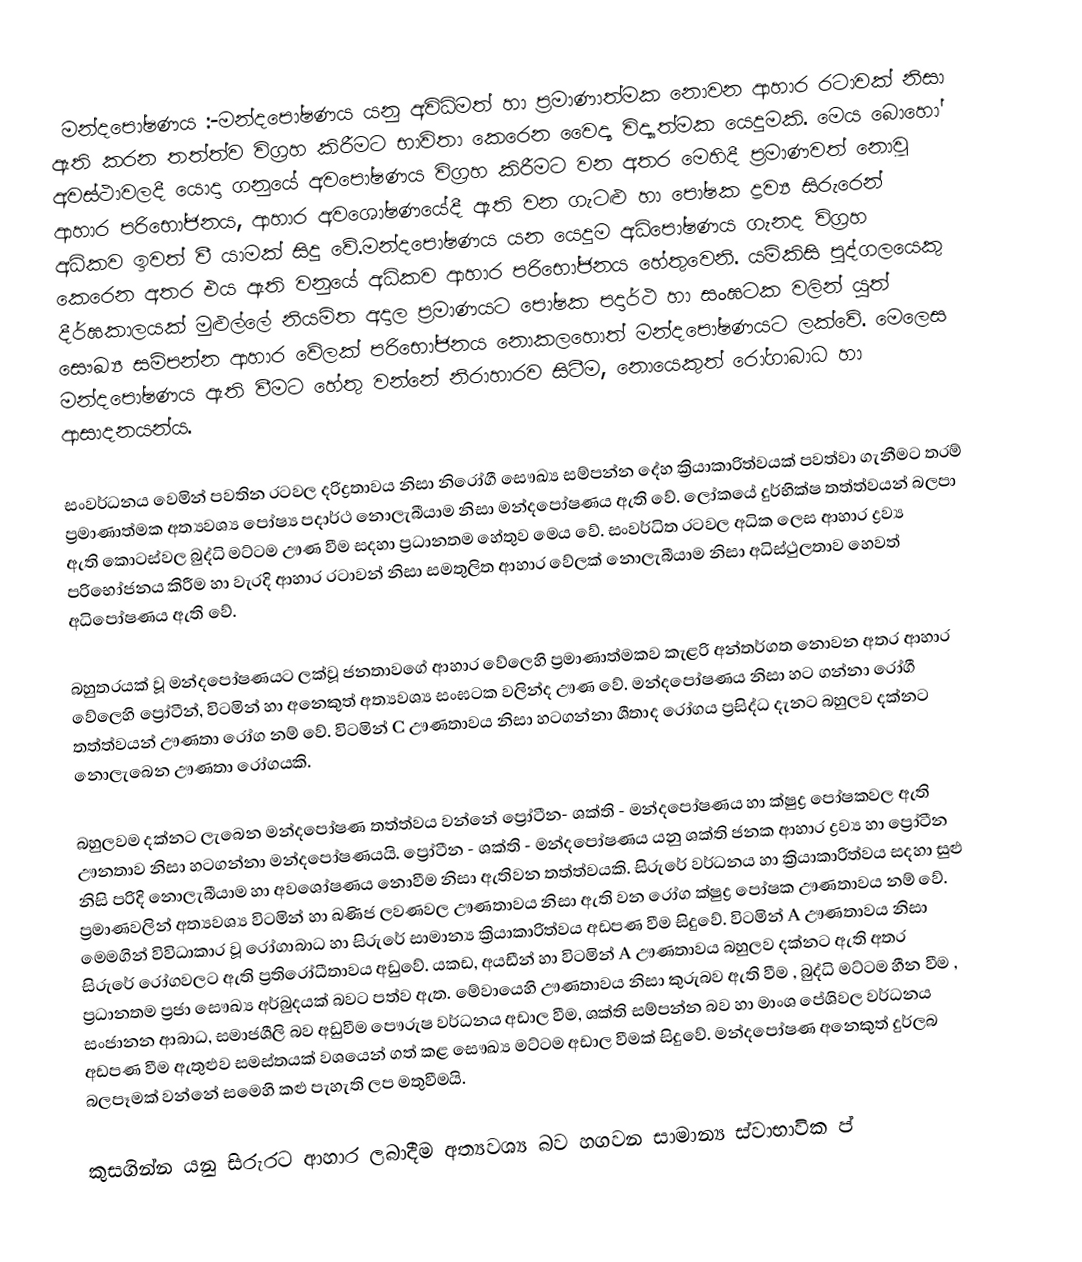
‍ මන්දපෝෂණය      :-මන්දපෝෂණය යනු අවිධිමත් හා ප්‍රමාණාත්මක නොවන ආහාර රටාවක් නිසා ඇති කරන තත්ත්ව විග්‍රහ කිරීමට භාවිතා කෙරෙන වෛද්‍ය විද්‍යාත්මක යෙදුමකි. මෙය බොහෝ අවස්ථාවලදී යොදා ගනුයේ අවපෝෂණය විග්‍රහ කිරීමට වන අතර මෙහිදී ප්‍රමාණවත් නොවූ ආහාර පරිභෝජනය, ආහාර අවශෝෂණයේදී ඇති වන ගැටළු හා පෝෂක ද්‍රව්‍ය සිරුරෙන් අධිකව ඉවත් වී යාමක් සිදු වේ.මන්දපෝෂණය යන යෙදුම අධිපෝෂණය ගැනද විග්‍රහ කෙරෙන අතර එය ඇති වනුයේ අධිකව ආහාර පරිභෝජනය හේතුවෙනි. යම්කිසි පුද්ගලයෙකු දීර්ඝකාලයක් මුළුල්ලේ නියමිත අදාල ප්‍රමාණයට පෝෂක පදාර්ථ හා සංඝටක වලින් යුත් සෞඛ්‍ය සම්පන්න ආහාර වේලක් පරිභෝජනය නොකලහොත් මන්දපෝෂණයට ලක්වේ. මෙලෙස මන්දපෝෂණය ඇති වීමට හේතු වන්නේ නිරාහාරව සිටීම, නොයෙකුත් රෝගාබාධ හා ආසාදනයන්ය.

සංවර්ධනය වෙමින් පවතින රටවල දරිද්‍රතාවය නිසා නිරෝගී සෞඛ්‍ය සම්පන්න දේහ ක්‍රියාකාරිත්වයක් පවත්වා ගැනීමට තරම් ප්‍රමාණාත්මක අත්‍යවශ්‍ය පෝෂ්‍ය පදාර්ථ නොලැබීයාම නිසා මන්දපෝෂණය ඇති වේ. ලෝකයේ දුර්භික්ෂ තත්ත්වයන් බලපා ඇති කොටස්වල බුද්ධි මට්ටම ඌණ වීම සදහා ප්‍රධානතම හේතුව මෙය වේ. සංවර්ධිත රටවල අධික ලෙස ආහාර ද්‍රව්‍ය පරිභෝජනය කිරීම හා වැරදි ආහාර රටාවන් නිසා සමතුලිත ආහාර වේලක් නොලැබීයාම නිසා අධිස්ථුලතාව හෙවත් අධිපෝෂණය ඇති වේ.

බහුතරයක් වූ මන්දපෝෂණයට ලක්වූ ජනතාවගේ ආහාර වේලෙහි ප්‍රමාණාත්මකව  කැළරි අන්තර්ගත නොවන අතර ආහාර වේලෙහි ප්‍රෝටීන්, විටමින් හා අනෙකුත් අත්‍යවශ්‍ය සංඝටක වලින්ද ඌණ වේ. මන්දපෝෂණය නිසා හට ගන්නා රෝගී තත්ත්වයන් ඌණතා රෝග නම් වේ. විටමින් C ඌණතාවය නිසා හටගන්නා ශීතාද රෝගය ප්‍රසිද්ධ දැනට බහුලව දක්නට නොලැබෙන ඌණතා රෝගයකි.

බහුලවම දක්නට ලැබෙන මන්දපෝෂණ තත්ත්වය වන්නේ ප්‍රෝටීන- ශක්ති - මන්දපෝෂණය හා ක්ෂුද්‍ර පෝෂකවල ඇති ඌනතාව නිසා හටගන්නා මන්දපෝෂණයයි. ප්‍රෝටීන - ශක්ති - මන්දපෝෂණය යනු ශක්ති ජනක ආහාර ද්‍රව්‍ය හා ප්‍රෝටීන නිසි පරිදි නොලැබීයාම හා අවශෝෂණය නොවීම නිසා ඇතිවන තත්ත්වයකි. සිරුරේ වර්ධනය හ‍ා ක්‍රියාකාරිත්වය සදහා සුළු ප්‍රමාණවලින් අත්‍යවශ්‍ය විටමින් හා ඛණිජ ලවණවල ඌණතාවය නිසා ඇති වන රෝග ක්ෂුද්‍ර පෝෂක ඌණතාවය නම් වේ. මෙමගින් විවිධාකාර වූ රෝගාබාධ හා සිරුරේ සාමාන්‍ය ක්‍රියාකාරිත්වය අඩපණ වීම සිදුවේ. විටමින් A ඌණතාවය නිසා සිරුරේ රෝගවලට ඇති ප්‍රතිරෝධීතාවය අඩුවේ. යකඩ, අයඩීන් හා විටමින් A ඌණතාවය බහුලව දක්න‍ට ඇති අතර ප්‍රධානතම ප්‍රජා සෞඛ්‍ය අර්බුදයක් බවට පත්ව ඇත. මේවායෙහි ඌණතාවය නිසා කුරුබව ඇති වීම , බුද්ධි මට්ටම හීන වීම , සංජානන ආබාධ, සමාජශීලි බව අඩුවීම පෞරුෂ වර්ධනය අඩාල වීම, ශක්ති සම්පන්න බව හා මාංශ පේශිවල වර්ධනය අඩපණ වීම ඇතුළුව සමස්තයක් වශයෙන් ගත් කළ සෞඛ්‍ය මට්ටම අඩාල වීමක් සිදුවේ. මන්දපෝෂණ අනෙකුත් දුර්ලබ බලපෑමක් වන්නේ සමෙහි කළු පැහැති ලප මතුවීමයි.

කුසගින්න යනු සිරුරට ආහාර ලබාදීම අත්‍යවශ්‍ය බව හගවන සාමාන්‍ය ස්වාභාවික ප්‍